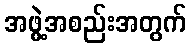
အဖွဲ့အစည်းအတွက်